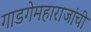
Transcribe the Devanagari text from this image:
गाडगेमहाराजांची